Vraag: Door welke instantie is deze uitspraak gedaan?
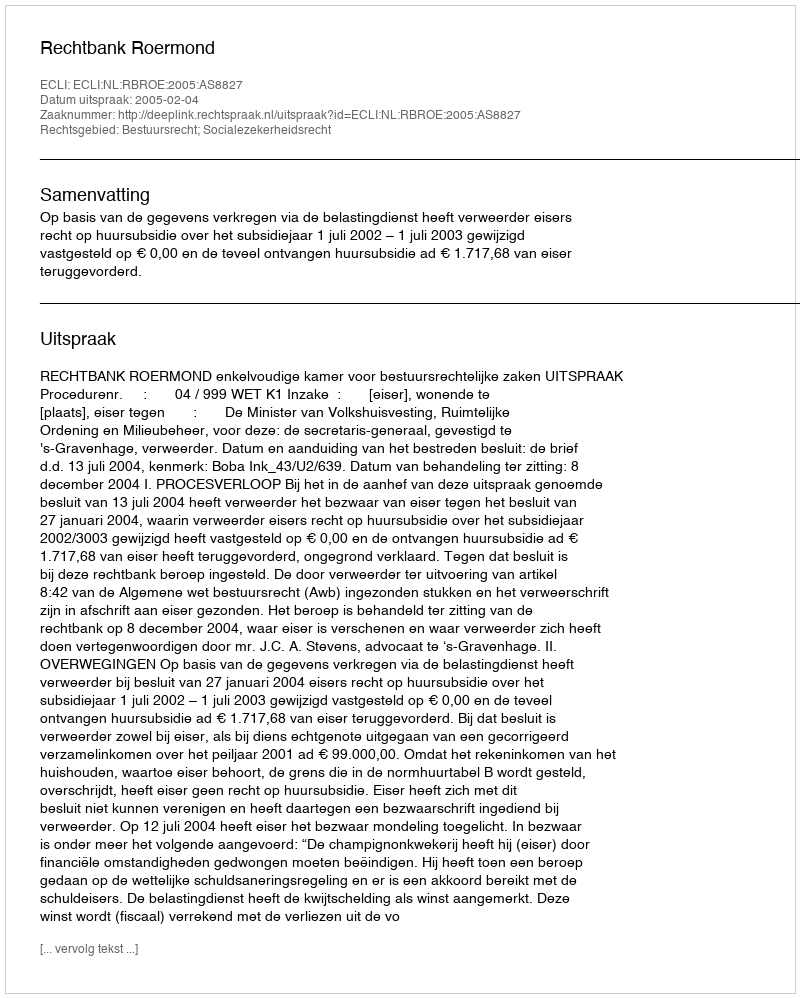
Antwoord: Rechtbank Roermond